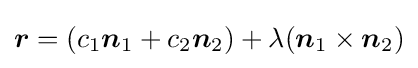
{\boldsymbol {r}}=(c_{1}{\boldsymbol {n}}_{1}+c_{2}{\boldsymbol {n}}_{2})+\lambda ({\boldsymbol {n}}_{1}\times {\boldsymbol {n}}_{2})